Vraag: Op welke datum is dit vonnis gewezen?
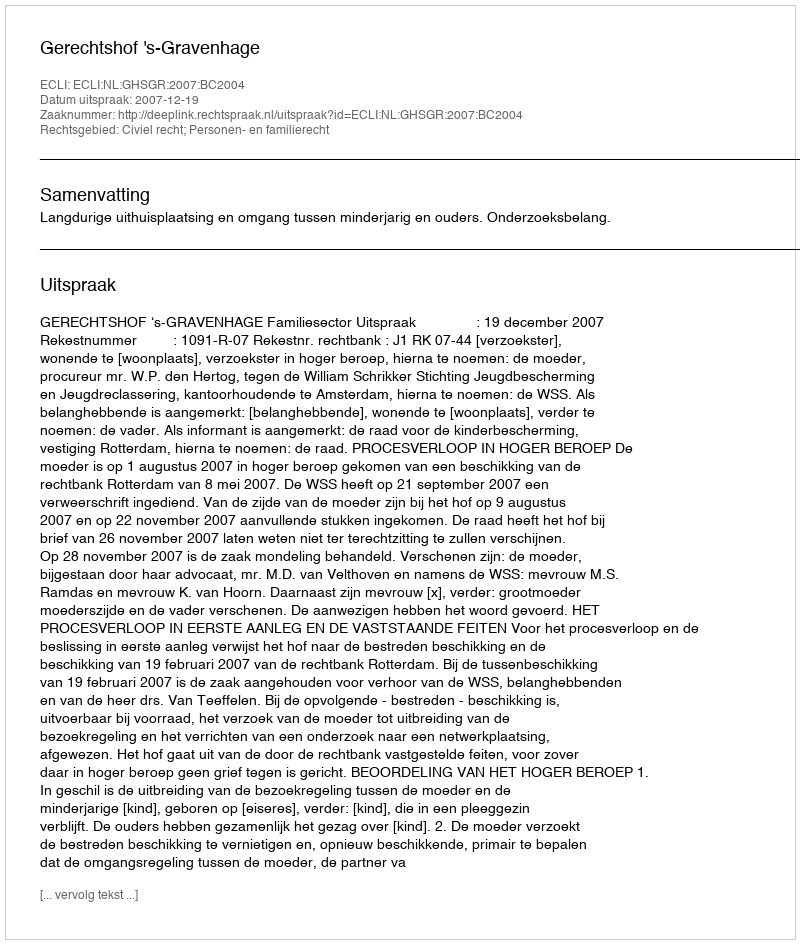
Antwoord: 2007-12-19